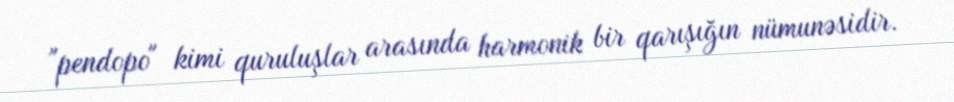
"pendopo" kimi quruluşlar arasında harmonik bir qarışığın nümunəsidir.